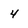
Character: 4